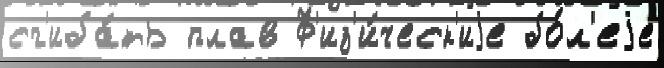
сг'иба́ть плав Ф'из'и́ческ'иjе бо́л'еjе